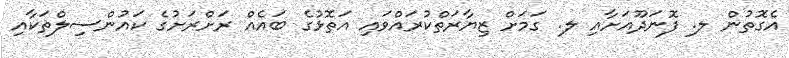
އެގޮތުން ލ. ފޮނަދޫއަށާއި ލ. ގަމަށް ޒިޔާރަތްކުރައްވައި އަތޮޅުގެ ބައެއް ރަށްރަށުގެ ކައުންސިލްތަކާއި